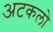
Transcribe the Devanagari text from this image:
अटकलो